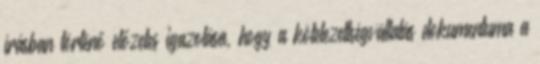
írásban történő előzetes igazolása, hogy a kötelezettségvállalás dokumentuma a